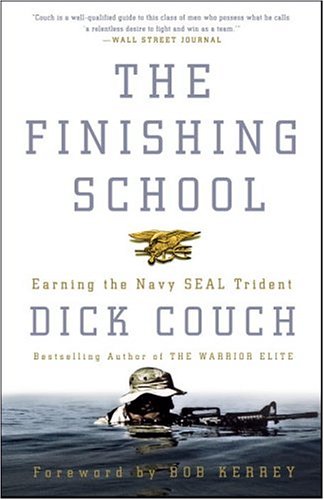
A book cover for The Finishing School: Earning the Navy SEAL Trident; Dick Couch; History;